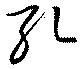
孔